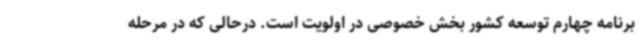
برنامه چهارم توسعه کشور بخش خصوصی در اولویت است. درحالی که در مرحله